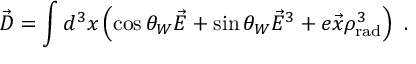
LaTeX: \vec { \cal D } = \int d ^ { 3 } x \left( \cos \theta _ { W } \vec { \cal E } + \sin \theta _ { W } \vec { E } ^ { 3 } + e \vec { x } \rho _ { \mathrm { r a d } } ^ { 3 } \right) \ .